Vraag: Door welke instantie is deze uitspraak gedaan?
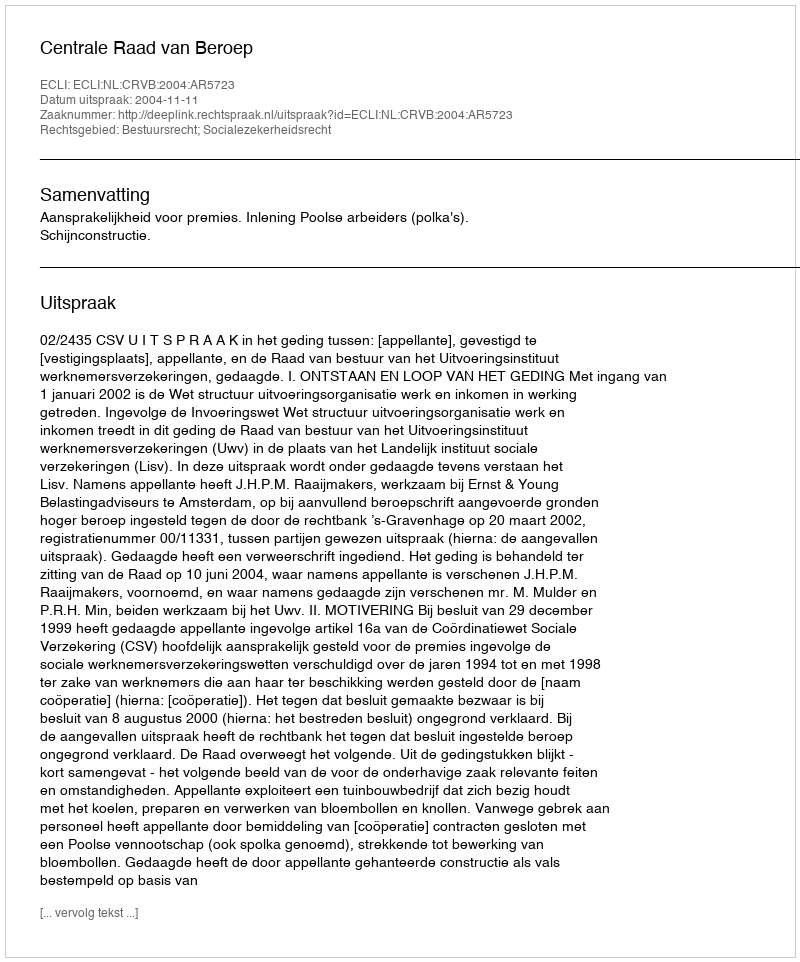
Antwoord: Centrale Raad van Beroep